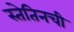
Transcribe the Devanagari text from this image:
स्तेतिनची